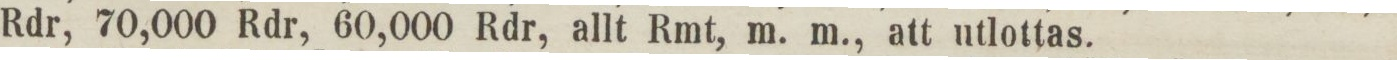
Rdr, 70,000 Rdr, 60,000 Rdr, allt Rmt, m. m., att utlottas.